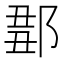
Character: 𨜈